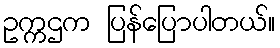
ဥက္ကဌက ပြန်ပြောပါတယ်။